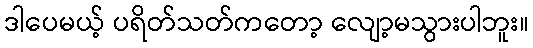
ဒါပေမယ့် ပရိတ်သတ်ကတော့ လျော့မသွားပါဘူး။